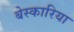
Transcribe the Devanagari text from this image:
बेस्कारिया